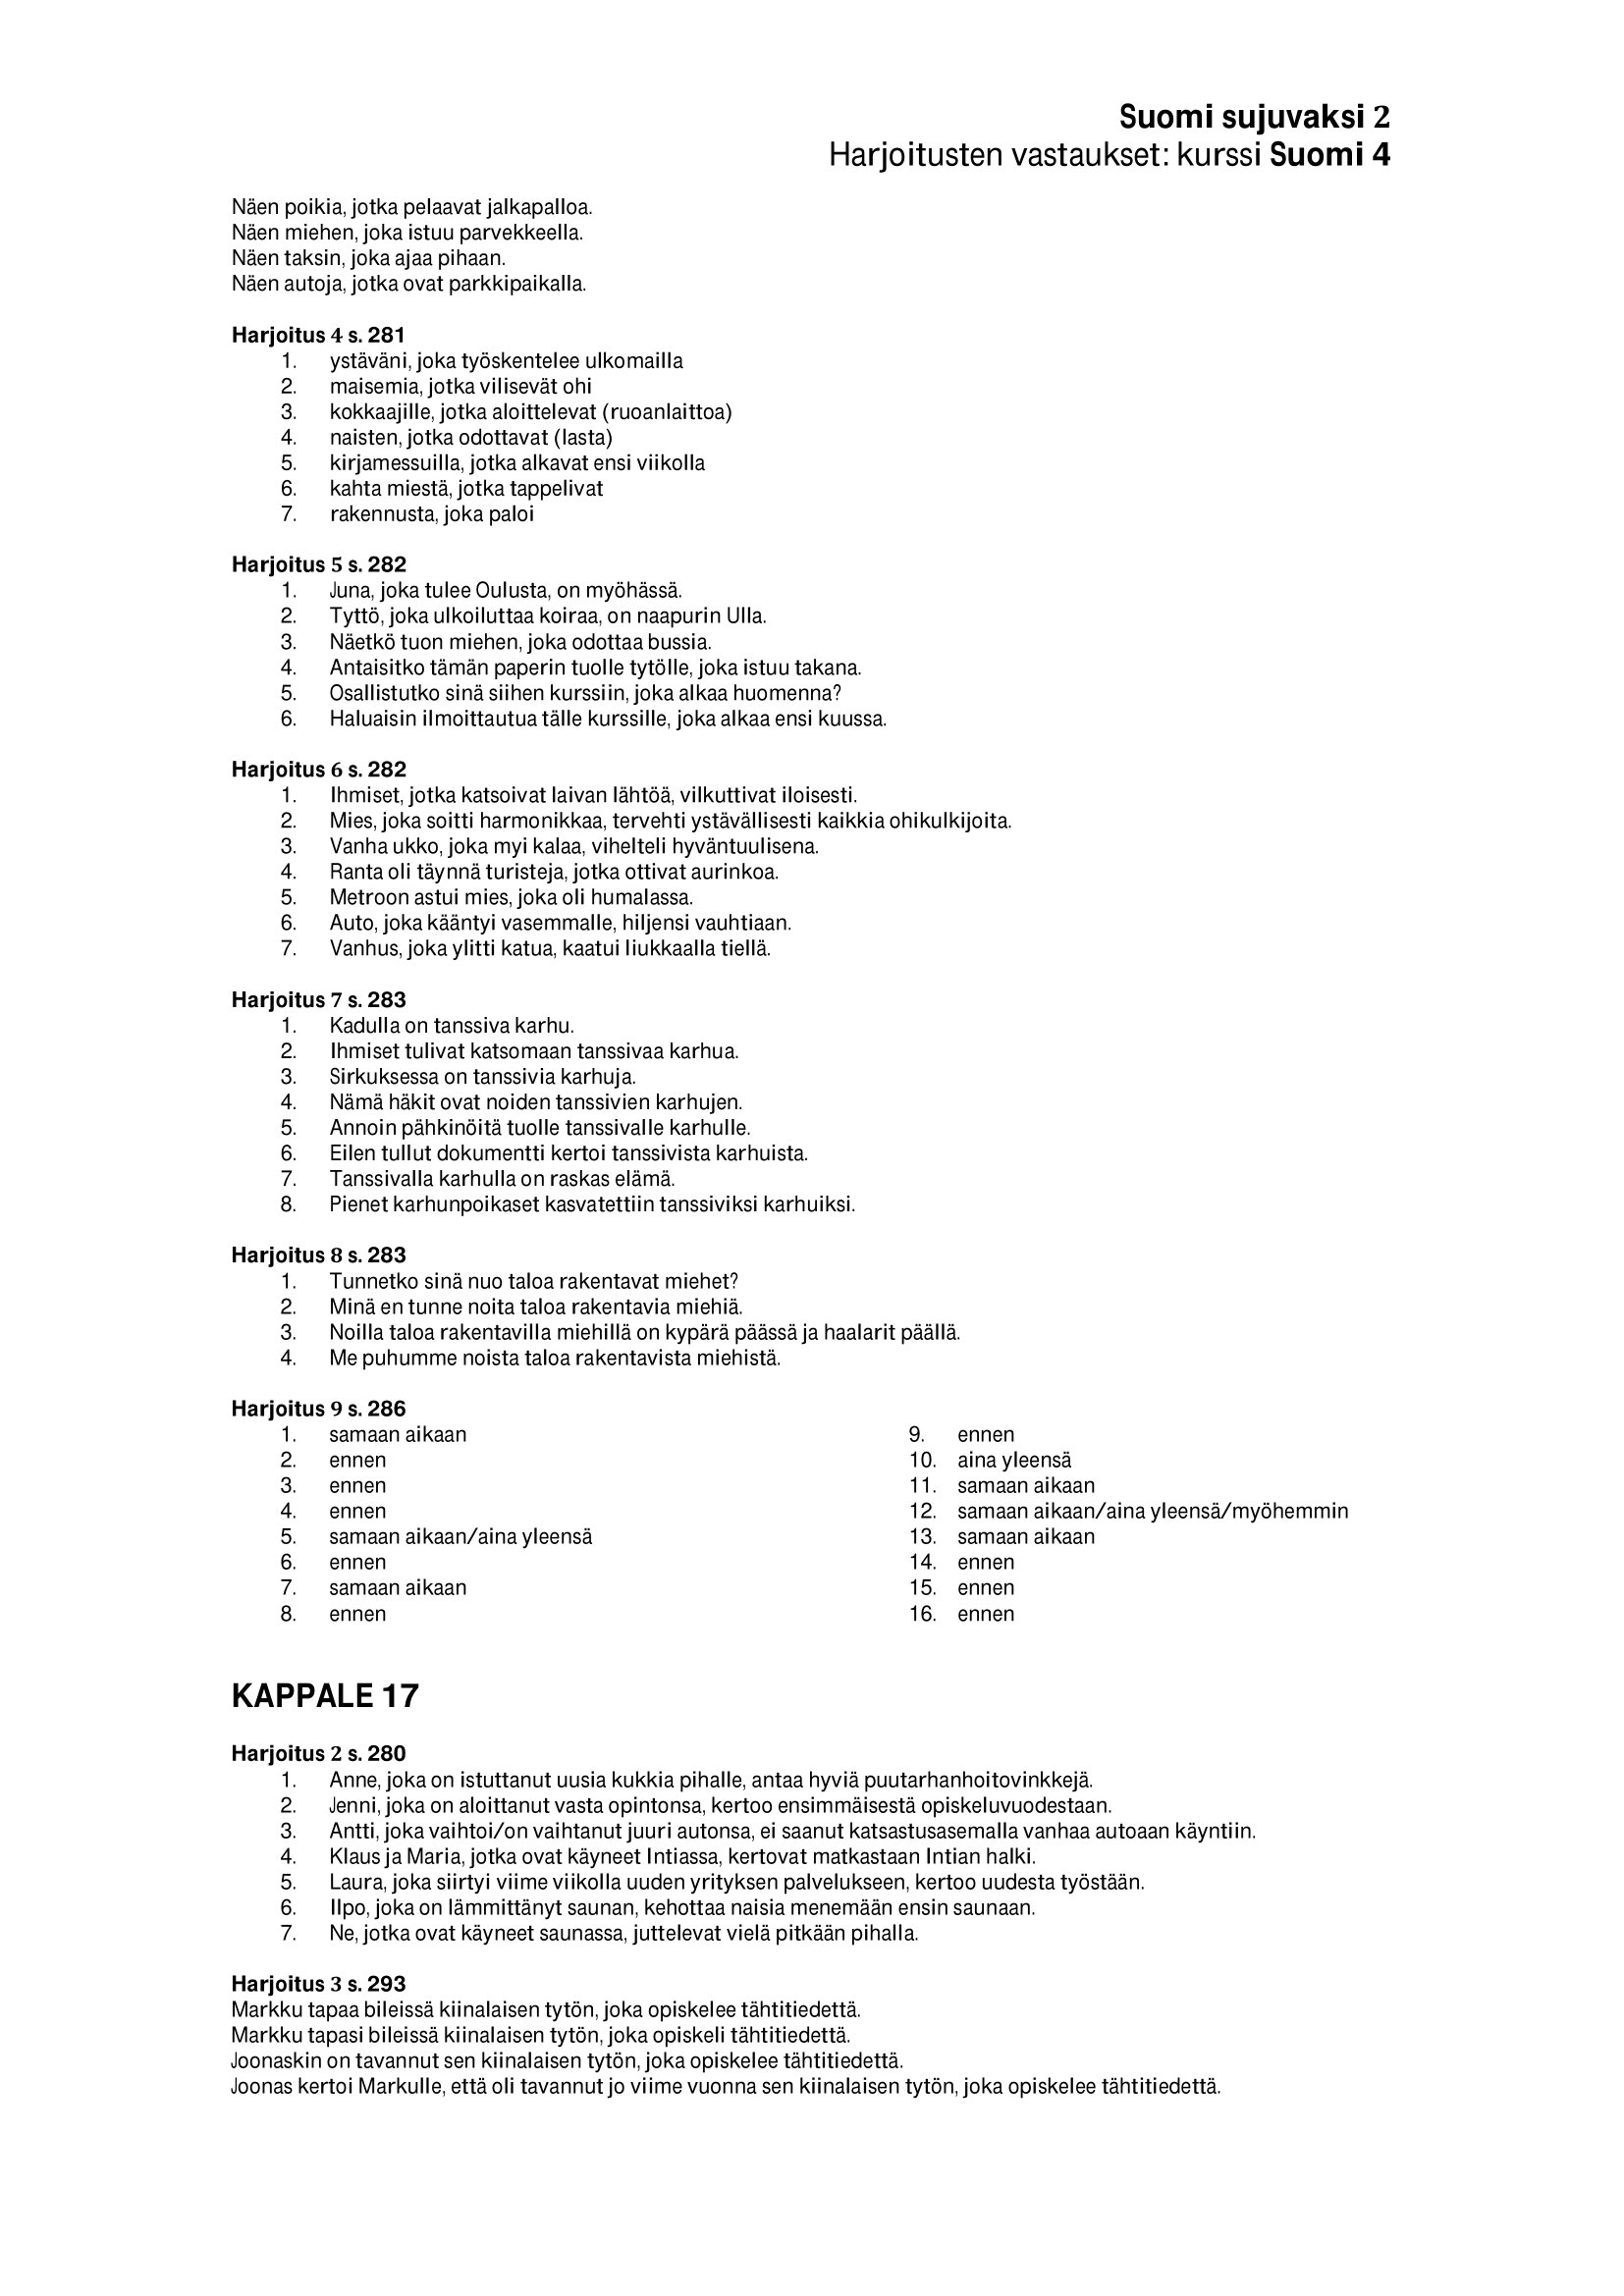
Language: fn